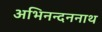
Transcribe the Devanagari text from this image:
अभिनन्दननाथ